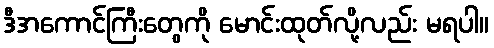
ဒီအကောင်ကြီးတွေကို မောင်းထုတ်လို့လည်း မရပါ။